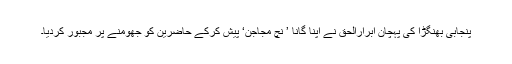
پنجابی بھنگڑا کی پہچان ابرارالحق نے اپنا گانا ’ نچ مجاجن‘ پیش کرکے حاضرین کو جھومنے پر مجبور کردیا۔